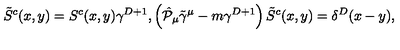
\tilde { S } ^ { c } ( x , y ) = S ^ { c } ( x , y ) \gamma ^ { D + 1 } , \left( \hat { { \cal P } } _ { \mu } \tilde { \gamma } ^ { \mu } - m \gamma ^ { D + 1 } \right) \tilde { S } ^ { c } ( x , y ) = \delta ^ { D } ( x - y ) ,